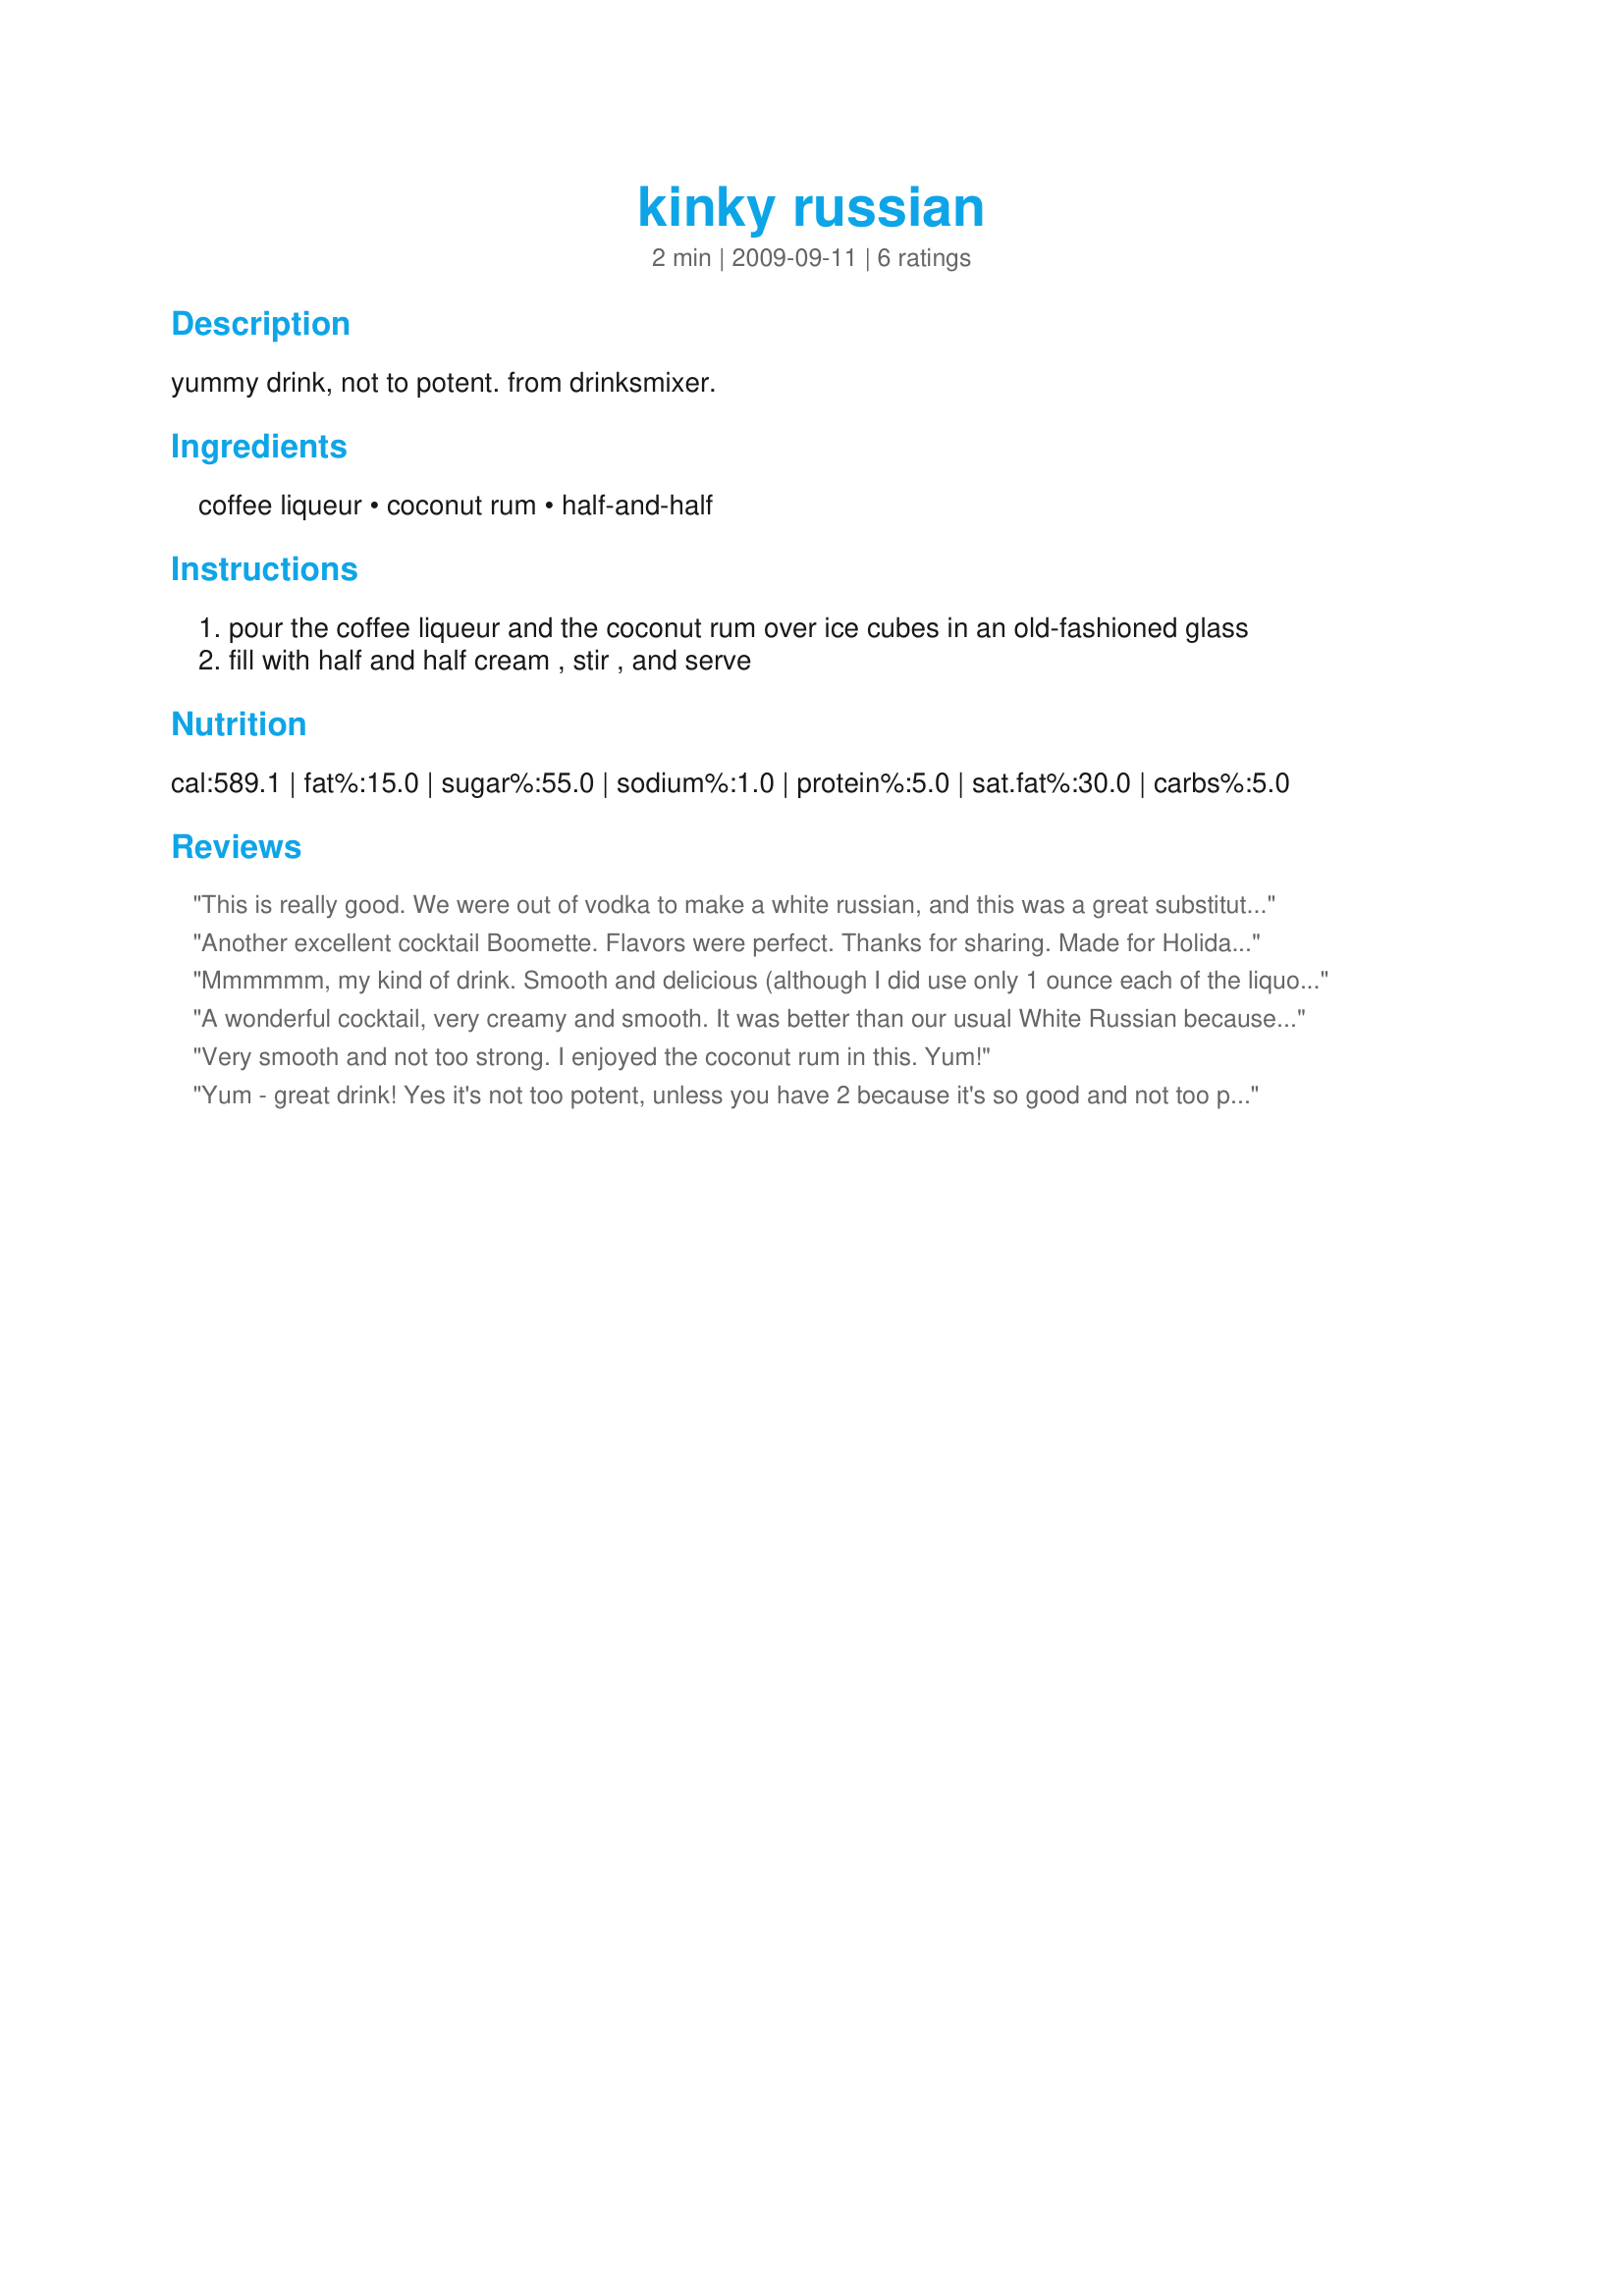
kinky russian
Preparation time: 2 minutes

yummy drink, not to potent. from drinksmixer.

Ingredients:
coffee liqueur, coconut rum, half-and-half

Steps:
pour the coffee liqueur and the coconut rum over ice cubes in an old-fashioned glass
fill with half and half cream , stir , and serve

Reviews:
This is really good. We were out of vodka to make a white russian, and this was a great substitute. Thanks for posting! :)
Another excellent cocktail Boomette. Flavors were perfect. Thanks for sharing. Made for Holiday Tag :)
Mmmmmm, my kind of drink. Smooth and delicious (although I did use only 1 ounce each of the liquors). This was a perfect good by toast to Christmas. Made for Photo Tag.
A wonderful cocktail, very creamy and smooth. It was better than our usual White Russian because it had something extra (the coconut rum, no doubt) that blended perfectly with the coffee liqueur. Thank you for posting this recipe, Boomette.
Very smooth and not too strong. I enjoyed the coconut rum in this. Yum!
Yum - great drink! Yes it's not too potent, unless you have 2 because it's so good and not too potent :) Really enjoyed this - thanks for posting the recipe!
